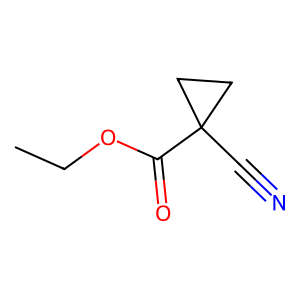
SMILES: CCOC(=O)C1(C#N)CC1
Inhibits HIV replication: No